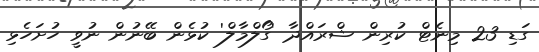
ގަޑި 23 މިނެޓް ކުރިން ޝްރައްދާ 'ގޯލްމާލް' ކުޅެން ބޭނުން ނުވީ ހުށަހެޅި